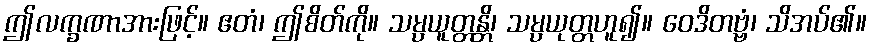
ဤလက္ခဏာအားဖြင့်။ ဧတံ၊ ဤစိတ်ကို။ သမ္ပယူတ္တန္တိ၊ သမ္ပယုတ္တဟူ၍။ ဝေဒိတဗ္ဗံ၊ သိအပ်၏။